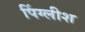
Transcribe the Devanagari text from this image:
पिंग्लीश